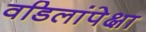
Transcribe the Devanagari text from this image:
वडिलांपेक्षा